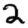
Digit: 2